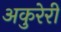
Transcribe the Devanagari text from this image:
अकुरेरी